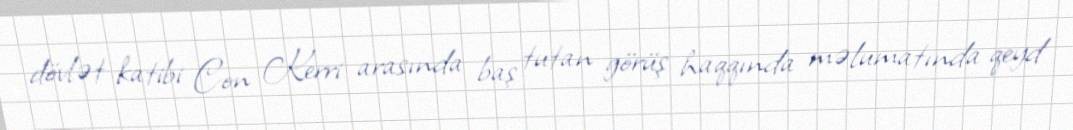
dövlət katibi Con Kerri arasında baş tutan görüş haqqında məlumatında qeyd